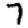
Digit: 7